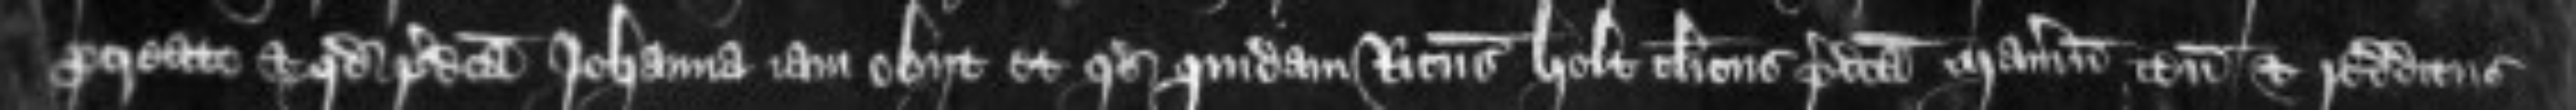
procreato et quod predicta Johanna iam obiit et quod quidam Ricardus Holt clericus predicta manerium tenementa et redditus